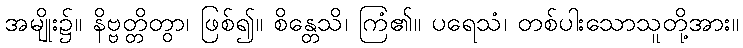
အမျိုး၌။ နိဗ္ဗတ္တိတွာ၊ ဖြစ်၍။ စိန္တေသိ၊ ကြံ၏။ ပရေသံ၊ တစ်ပါးသောသူတို့အား။